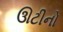
ઊટીનો